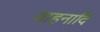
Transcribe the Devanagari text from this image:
वाहनादि